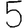
Digit: 5